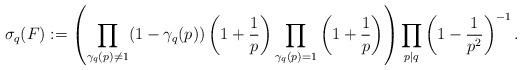
LaTeX: \begin{align*}\sigma_q(F):=\left(\prod_{\substack{\gamma_q(p)\neq1}}(1-\gamma_q(p))\left(1+\frac{1}{p}\right)\prod_{\substack{\gamma_q(p)=1}}\left(1+\frac{1}{p}\right)\right)\prod_{p|q}\left(1-\frac{1}{p^2}\right)^{-1}.\end{align*}